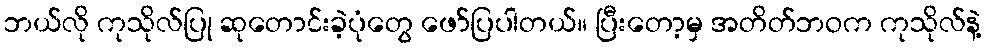
ဘယ်လို ကုသိုလ်ပြု ဆုတောင်းခဲ့ပုံတွေ ဖော်ပြပါတယ်။ ပြီးတော့မှ အတိတ်ဘဝက ကုသိုလ်နဲ့